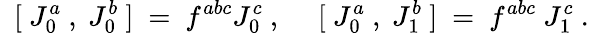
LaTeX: {}~~[~J_{0}^{a}~,~J_{0}^{b}~]~=~f^{abc}J_{0}^{c}~,~~~~~[~J_{0}^{a}~,~J_{1}^{b}~]~=~f^{abc}{}~J_{1}^{c}~.~